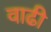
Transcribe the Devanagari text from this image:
वाढी